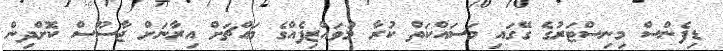
ޑިފެންސް މިނިސްޓަރުގެ ގޭގައި މަސައްކަތް ކުރާ މުވައްޒިފެއްގެ މައްޗަށް އިރާނަށް ޖާސޫސް ކޮށްދިން